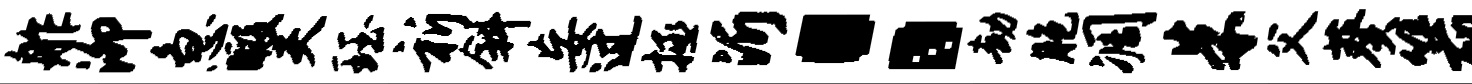
舴泖急暇夫珏祈斜妄过拯沂：劫胞凋朱父葵箭